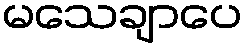
မသေချာပေ